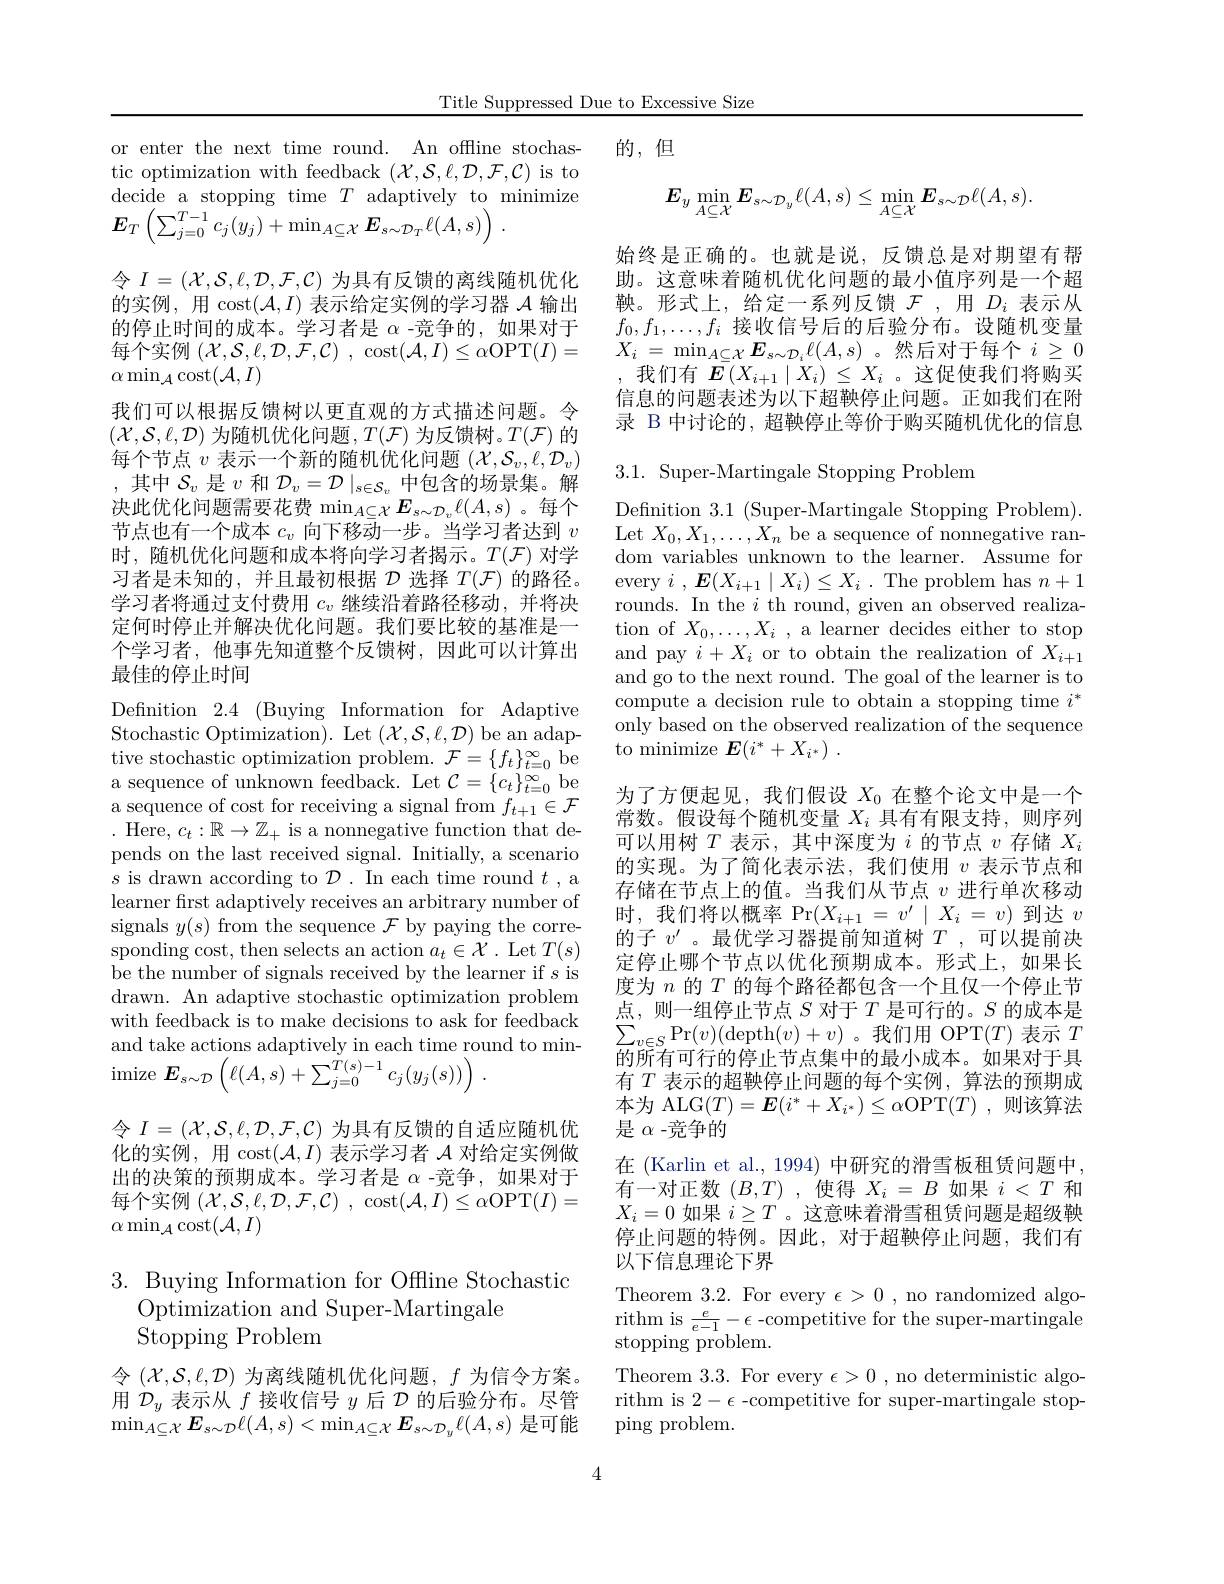
Title Suppressed Due to Excessive Size

的，但

or enter the next time round. An offline stochastic optimization with feedback $(\mathcal{X},\mathcal{S},\ell,\mathcal{D},\mathcal{F},\mathcal{C})$ is to decide a stopping time $T$ adaptively to minimize $\boldsymbol{E}_{T}\left(\sum_{j=0}^{T-1}c_{j}(y_{j})+\operatorname*{min}_{A\subseteq\mathcal{X}}\boldsymbol{E}_{s\sim\mathcal{D}_{T}}\ell(A,s)\right).$
令$I=(\mathcal{X},\mathcal{S},\ell,\mathcal{D},\mathcal{F},\mathcal{C})$为具有反馈的离线随机优化的实例，用$\operatorname{cost}(\mathcal{A},I)$表示给定实例的学习器$\mathcal{A}$输出的停止时间的成本。学习者是 α-竞争的，如果对于每个实例$( \mathcal{X} , \mathcal{S} , \ell , \mathcal{D} , \mathcal{F} , \mathcal{C} )$ , $\operatorname { cost} ( \mathcal{A} , I) \leq \alpha$OPT$(I)=$ $\alpha\min_{\mathcal{A}}\operatorname{cost}(\mathcal{A},I)$
我们可以根据反馈树以更直观的方式描述问题。令$(\mathcal{X},\mathcal{S},\ell,\mathcal{D})$为随机优化问题$,T(\mathcal{F})$为反馈树。$T(\mathcal{F})$的每个节点$v$表示一个新的随机优化问题$(\mathcal{X},\mathcal{S}_v,\ell,\mathcal{D}_v)$ ,其中$\mathcal{S}_v$是$v$和$\mathcal{D}_v=\mathcal{D}\mid_s\in\mathcal{S}_v$中包含的场景集。解决此优化问题需要花费$\min_{A\subseteq\mathcal{X}}E_{s\sim\mathcal{D}_v}\ell(A,s)$。每个节点也有一个成本$c_v$向下移动一步。当学习者达到$v$ 时，随机优化问题和成本将向学习者揭示。$T(\mathcal{F})$对学习者是未知的，并且最初根据$\mathcal{D}$选择$T(\mathcal{F})$的路径。学习者将通过支付费用$c_v$继续沿着路径移动，并将决定何时停止并解决优化问题。我们要比较的基准是一个学习者，他事先知道整个反馈树，因此可以计算出最佳的停止时间
Definition 2.4 (Buying Information for Adaptive Stochastic Optimization). Let $(\mathcal{X},\mathcal{S},\ell,\mathcal{D})$ be an adaptive stochastic optimization problem. $\mathcal{F}=\{f_t\}_{t=0}^\infty$ be a sequence of unknown feedback. Let $\mathcal{C}=\{c_t\}_{t=0}^\infty$ be ${\mathrm{a~sequence~of~cost~for~receiving~a~signal~from~}}f_{t+ 1}\in \mathcal{F}$ . Here, $c_t:\mathbb{R}\to\mathbb{Z}_+$ is a nonnegative function that depends on the last received signal. Initially, a scenario $s$ is drawn according to $\mathcal{D}.$ In each time round $t$, a learner first adaptively receives an arbitrary number of signals $y(s)$ from the sequence $\mathcal{F}$ by paying the corresponding cost, then selects an action $a_t\in\mathcal{X}.$ Let $T(s)$ be the number of signals received by the learner if $s$ is drawn. An adaptive stochastic optimization problem with feedback is to make decisions to ask for feedback and take actions adaptively in each time round to min- $\operatorname{imize}E_{s\sim\mathcal{D}}\left(\ell(A,s)+\sum_{j=0}^{T(s)-1}c_{j}(y_{j}(s))\right).$
令$I=(\mathcal{X},\mathcal{S},\ell,\mathcal{D},\mathcal{F},\mathcal{C})$为具有反馈的自适应随机优化的实例，用$\cot(\mathcal{A},I)$表示学习者$\mathcal{A}$对给定实例做出的决策的预期成本。学习者是$\alpha$ -竞争，如果对于

每个实例$( \mathcal{X} , \mathcal{S} , \ell , \mathcal{D} , \mathcal{F} , \mathcal{C} )$ , $\operatorname { cost} ( \mathcal{A} , I) \leq \alpha$OPT$(I)=$
$\alpha\min_{\mathcal{A}}\operatorname{cost}(\mathcal{A},I)$

## 3. Buying Information for Offline Stochastic Optimization and Super-Martingale Stopping Problem

令$(\mathcal{X},\mathcal{S},\ell,\mathcal{D})$ 为离线随机优化问题，$f$ 为信令方案。用$\mathcal{D}_y$表示从$f$接收信号$y$后$\mathcal{D}$的后验分布。尽管$\operatorname*{min}_{A\subseteq\mathcal{X}}E_{s\sim\mathcal{D}}\ell(A,s)<\operatorname*{min}_{A\subseteq\mathcal{X}}E_{s\sim\mathcal{D}_{y}}\ell(A,s)$是可能
$$\boldsymbol{E}_{y}\min_{A\subseteq\mathcal{X}}\boldsymbol{E}_{s\sim\mathcal{D}_{y}}\ell(A,s)\leq\min_{A\subseteq\mathcal{X}}\boldsymbol{E}_{s\sim\mathcal{D}}\ell(A,s).$$
始终是正确的。也就是说，反馈总是对期望有帮助。这意味着随机优化问题的最小值序列是一个超鞅。形式上，给定一系列反馈$\mathcal{F}$ ,用$D_i$表示从$\begin{array}{l}f_{0},f_{1},\ldots,f_{i}&\text{接收信号后的后验分布。设随机变量}\\X_{i}&=\min_{A\subset\mathcal{X}}E_{s\sim\mathcal{D},\ell(A,s)}\text{。然后对于每个 }i>0\end{array}$
我们有$\bar{\boldsymbol{E}}(X_{i+1}\mid X_{i})\leq X_{i}$ 。这促使我们将购买信息的问题表述为以下超鞅停止问题。正如我们在附录 B 中讨论的，超鞅停止等价于购买随机优化的信息

$3.1.{\mathrm{~Super-Martingale~Stopping~Problem}}$

Definition 3.1 (Super-Martingale Stopping Problem). Let $X_0,X_1,\ldots,X_n$ be a sequence of nonnegative random variables unknown to the learner. Assume for every $i,\boldsymbol{E}(X_{i+1}\mid X_i)\leq X_i.$ The problem has $n+1$ rounds. In the $i$ th round, given an observed realization of $X_0,\ldots,X_i$ , a learner decides either to stop and pay $i+X_i$ or to obtain the realization of $X_i+1$ and go to the next round. The goal of the learner is to compute a decision rule to obtain a stopping time $i^*$ only based on the observed realization of the sequence to minimize $\boldsymbol{E}( i^* + X_{i^* })$ .

为了方便起见，我们假设$X_0$在整个论文中是一个常数。假设每个随机变量$X_i$具有有限支持，则序列可以用树$T$表示，其中深度为$i$的节点$v$存储$X_i$ 的实现。为了简化表示法，我们使用$v$表示节点和存储在节点上的值。当我们从节点$v$进行单次移动时，我们将以概率$\Pr(X_{i+1}=v^{\prime}\mid X_i=v)$到达$v$ 的子$v^{\prime}$ 。最优学习器提前知道树$T$ ,可以提前决定停止哪个节点以优化预期成本。形式上，如果长度为$n$的$T$的每个路径都包含一个且仅一个停止节点，则一组停止节点$S$对于$T$是可行的。$S$的成本是$\sum_{v\in S}\Pr(v)(\operatorname{depth}(v)+v)$。我们用 OPT$(T)$表示$T$ 的所有可行的停止节点集中的最小成本。如果对于具有$T$表示的超鞅停止问题的每个实例，算法的预期成本为 ALG$(T)=\boldsymbol{E}(i^*+X_{i^*})\leq\alpha$OPT$(T)$,则该算法是$\alpha$ -竞争的
在 (Karlin et al., 1994) 中研究的滑雪板租赁问题中， 有一对正数$(B,T)$ ,使得$X_i=B$如果$i<T$和$X_i=0$如果$i\geq T$ 。这意味着滑雪租赁问题是超级鞅停止问题的特例。因此，对于超鞅停止问题，我们有以下信息理论下界
Theorem 3.2. For every $\epsilon>0$, no randomized algorithm is $\frac e{e-1}-\epsilon$ -competitive for the super-martingale stopping problem.
Theorem 3.3. For every $\epsilon>0$, no deterministic algorithm is $2-\epsilon$ -competitive for super-martingale stopping problem.

4